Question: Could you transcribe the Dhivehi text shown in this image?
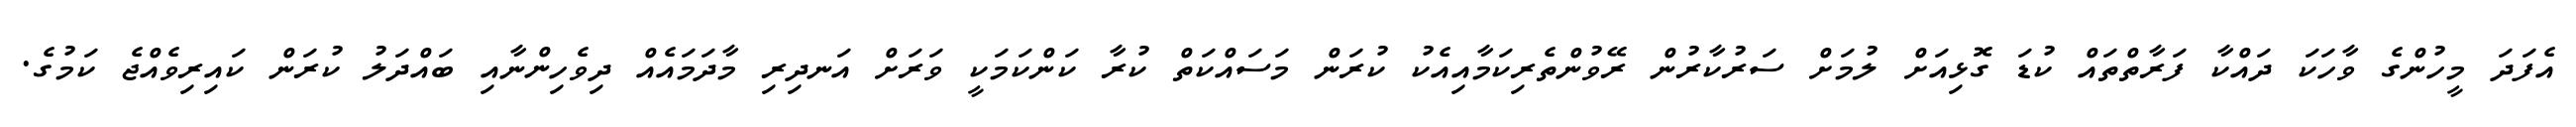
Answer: އެފަދަ މީހުންގެ ވާހަކަ ދައްކާ ފަރާތްތައް ކުޑަ ގޮޅިއަށް ލުމަށް ސަރުކާރުން ރޭވުންތެރިކަމާއިއެކު ކުރަން މަސައްކަތް ކުރާ ކަންކަމަކީ ވަރަށް އަނދިރި މާދަމައެއް ދިވެހިންނާއި ބައްދަލު ކުރަން ކައިރިވެއްޖެ ކަމުގެ.